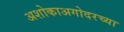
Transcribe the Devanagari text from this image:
अशोकाअगोदरच्या